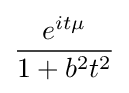
{\frac {e^{it\mu }}{1+b^{2}t^{2}}}